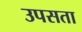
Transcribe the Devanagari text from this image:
उपसता